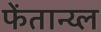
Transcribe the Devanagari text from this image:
फेंतान्य्ल